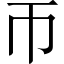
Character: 帀